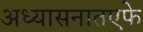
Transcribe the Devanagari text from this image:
अध्यासनातएफे